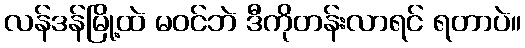
လန်ဒန်မြို့ထဲ မဝင်ဘဲ ဒီကိုတန်းလာရင် ရတာပဲ။